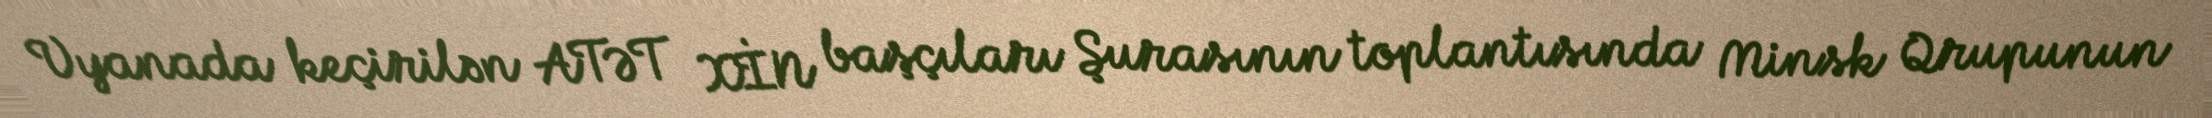
Vyanada keçirilən ATƏT XİN başçıları Şurasının toplantısında Minsk Qrupunun